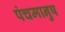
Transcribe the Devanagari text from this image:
पंचमानुष